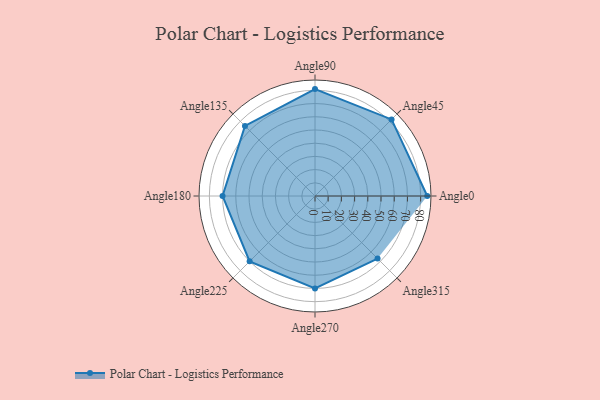
{"axis": {"x": "Angle", "y": "Radius"}, "legend": [""], "data": [{"x": "Angle0", "y": 85.0, "type": ""}, {"x": "Angle45", "y": 82.0, "type": ""}, {"x": "Angle90", "y": 81.0, "type": ""}, {"x": "Angle135", "y": 75.0, "type": ""}, {"x": "Angle180", "y": 70.0, "type": ""}, {"x": "Angle225", "y": 70.0, "type": ""}, {"x": "Angle270", "y": 70.0, "type": ""}, {"x": "Angle315", "y": 67.0, "type": ""}]}